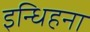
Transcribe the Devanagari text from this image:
इन्धिहना